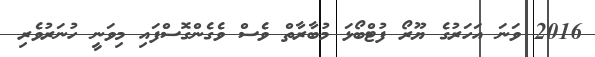
2016 ވަނަ އަހަރުގެ ޔޫރޯ ފުޓްބޯޅަ މުބާރާތް ވެސް ވެގެންގޮސްފައި މިވަނީ ހުނަރުވެރި